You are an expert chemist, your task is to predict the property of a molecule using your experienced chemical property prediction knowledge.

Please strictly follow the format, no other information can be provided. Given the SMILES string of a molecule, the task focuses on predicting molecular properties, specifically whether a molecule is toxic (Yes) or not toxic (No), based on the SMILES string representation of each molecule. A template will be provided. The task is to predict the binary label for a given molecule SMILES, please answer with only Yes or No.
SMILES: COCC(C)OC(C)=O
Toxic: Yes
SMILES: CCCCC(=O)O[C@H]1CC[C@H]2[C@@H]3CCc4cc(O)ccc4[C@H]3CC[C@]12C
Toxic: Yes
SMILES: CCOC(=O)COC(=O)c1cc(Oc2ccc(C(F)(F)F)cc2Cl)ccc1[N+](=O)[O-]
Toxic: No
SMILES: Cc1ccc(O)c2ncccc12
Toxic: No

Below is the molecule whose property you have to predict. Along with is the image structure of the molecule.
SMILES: Cc1cc(C)cc(OP(=O)(Oc2cc(C)cc(C)c2)Oc2cc(C)cc(C)c2)c1
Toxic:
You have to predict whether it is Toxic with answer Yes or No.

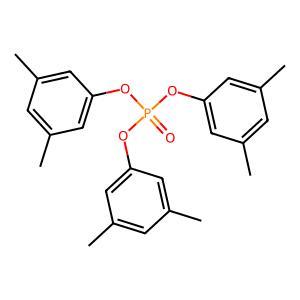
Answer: No